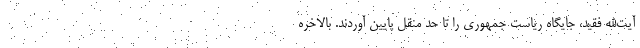
آیت‌الله فقید، جایگاه ریاست جمهوری را تا حد منقل پایین آوردند. بالاخره